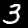
Label: 3